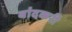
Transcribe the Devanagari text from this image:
बांदकरी